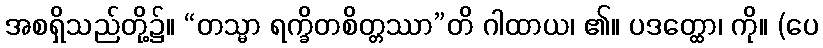
အစရှိသည်တို့၌။ “တသ္မာ ရက္ခိတစိတ္တဿာ”တိ ဂါထာယ၊ ၏။ ပဒတ္ထော၊ ကို။ (ပေ